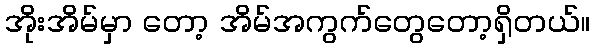
အိုးအိမ်မှာ တော့ အိမ်အကွက်တွေတော့ရှိတယ်။